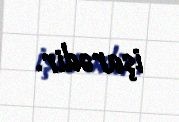
işarədir.